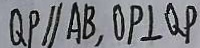
Q P / / A B , O P \bot Q P